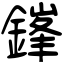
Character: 鎽